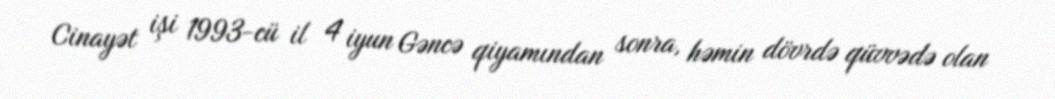
Cinayət işi 1993-cü il 4 iyun Gəncə qiyamından sonra, həmin dövrdə qüvvədə olan